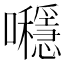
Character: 𡅯